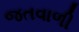
જતવાળી